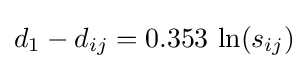
d_{1}-d_{ij}=0.353~{\text{ln}}(s_{ij})